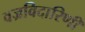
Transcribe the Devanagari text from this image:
वज्रविदारिणी